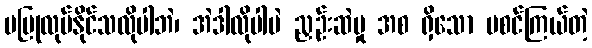
မပြုလုပ်နိုင်သလိုပါဘဲ၊ အဲဒါလိုပါပဲ ညှဉ်းဆဲမှု အစ ရှိသော မစင်ကြယ်တဲ့